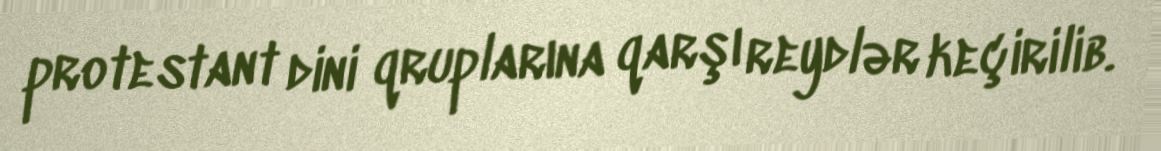
protestant dini qruplarına qarşı reydlər keçirilib.